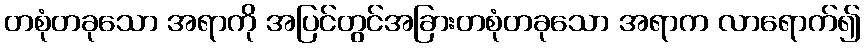
တစုံတခုသော အရာကို အပြင်တွင်အခြားတစုံတခုသော အရာက လာရောက်၍